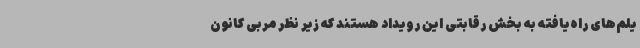
یلم‌های راه‌یافته به بخش رقابتی این رویداد هستند که زیر نظر مربی کانون